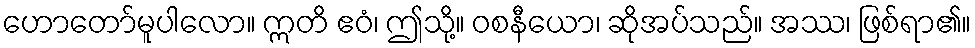
ဟောတော်မူပါလော။ ဣတိ ဧဝံ၊ ဤသို့။ ဝစနီယော၊ ဆိုအပ်သည်။ အဿ၊ ဖြစ်ရာ၏။